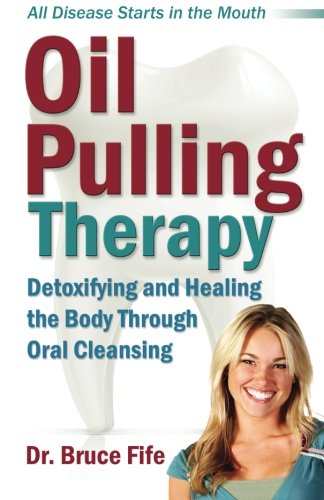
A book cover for Oil Pulling Therapy: Detoxifying and Healing the Body Through Oral Cleansing; Bruce Fife ND; Health, Fitness & Dieting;